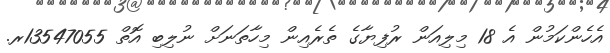
އެހެންކަމުން އެ 18 މިލިއަން ރުފިޔާގެ ތެރެއިން މިހާތަނަށް ނުލިބި އޮތް 13547055ރ.